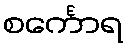
စင်္ကောရ